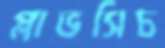
প্লাভসিচ